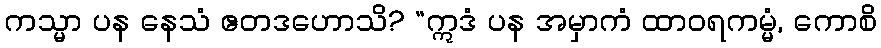
ကသ္မာ ပန နေသံ ဧတဒဟောသိ? “ဣဒံ ပန အမှာကံ ထာဝရကမ္မံ, ကောစိ